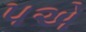
૫એ